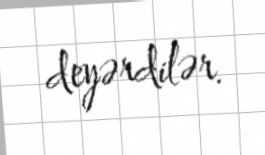
deyərdilər.